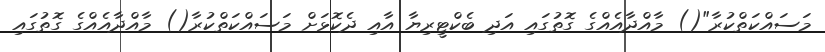
މަސައްކަތްކުރާ"() މާއްދާއެއްގެ ގޮތުގައި އަދި ބެކްޓީރިޔާ އާއި ދެކޮޅަށް މަސައްކަތްކުރާ() މާއްދާއެއްގެ ގޮތުގައި